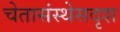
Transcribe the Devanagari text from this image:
चेतासंस्थेसदृश